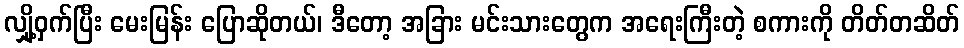
လျှို့ဝှက်ပြီး မေးမြန်း ပြောဆိုတယ်၊ ဒီတော့ အခြား မင်းသားတွေက အရေးကြီးတဲ့ စကားကို တိတ်တဆိတ်